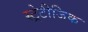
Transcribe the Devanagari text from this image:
स्ट्रेटीजिक